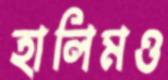
হালিমও